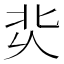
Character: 𰞆